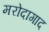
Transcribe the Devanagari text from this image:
मरोदागाद